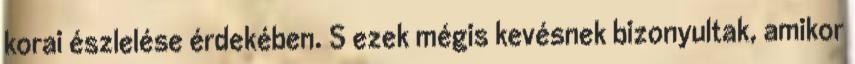
korai észlelése érdekében. S ezek mégis kevésnek bizonyultak, amikor